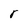
Character: r